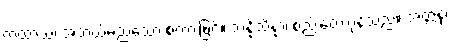
ကထာယ၊ အဘယ်မည်သော စကားဖြင့်။ သန္နိသိန္နာ၊ စည်းဝေးကုန်သည်။ အတ္ထနု၊